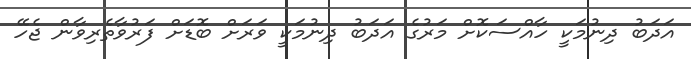
އަދަބު ދިނުމަކީ ހާއްސަކޮށް މަރުގެ އަދަބު ދިނުމަކީ ވަރަށް ބޮޑަށް ފަރުވާތެރިވާން ޖެހޭ